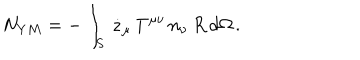
N _ { Y M } = - \int _ { S } \, \dot { z } _ { \mu } \, T ^ { \mu \nu } \, n _ { \nu } \, R \, d \Omega \, .